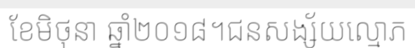
ខែមិថុនា ឆ្នាំ២០១៨។ជនសង្ស័យល្មោភ